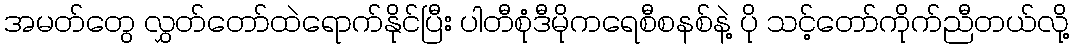
အမတ်တွေ လွှတ်တော်ထဲရောက်နိုင်ပြီး ပါတီစုံဒီမိုကရေစီစနစ်နဲ့ ပို သင့်တော်ကိုက်ညီတယ်လို့